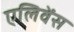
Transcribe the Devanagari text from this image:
एलिवेंस